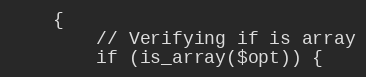
Language: PHP
	{
		// Verifying if is array
		if (is_array($opt)) {